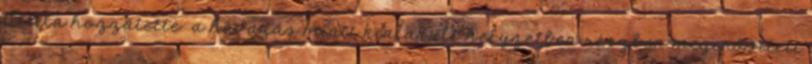
Attila hozzátette: a havazás miatt kialakult helyzetben részben megerősített